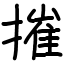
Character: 摧